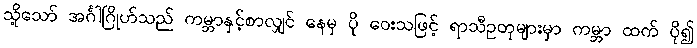
သို့သော် အင်္ဂါဂြိုဟ်သည် ကမ္ဘာနှင့်စာလျှင် နေမှ ပို ဝေးသဖြင့် ရာသီဥတုများမှာ ကမ္ဘာ ထက် ပို၍